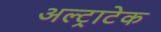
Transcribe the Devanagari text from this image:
अल्‍ट्राटेक